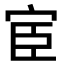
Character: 宦